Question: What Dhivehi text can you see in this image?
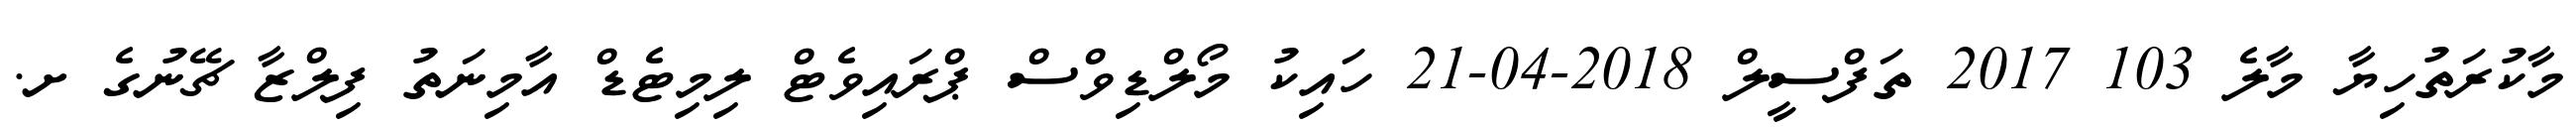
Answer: މާކުރަތުހިޔާ މާލެ 103 2017 ތަފްސީލް 2018-04-21 ހައިކު މޯލްޑިވްސް ޕްރައިވެޓް ލިމިޓެޑް އާމިނަތު ފިލްޒާ ޗޭނުގެ ށ.